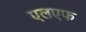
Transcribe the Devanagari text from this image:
एलएफ